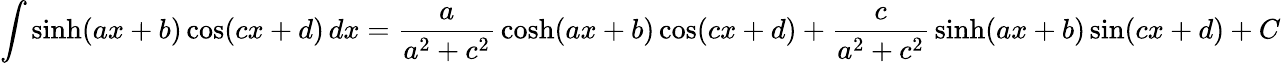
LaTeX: \int\sinh(ax+b)\cos(cx+d)\, dx={\frac{a}{a^{2}+c^{2}}}\cosh(ax+b)\cos(cx+d)+{\frac{c}{a^{2}+c^{2}}}\sinh(ax+b)\sin(cx+d)+C